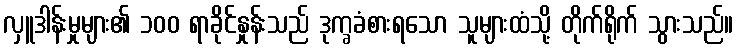
လှူဒါန်းမှုများ၏ ၁၀၀ ရာခိုင်နှုန်းသည် ဒုက္ခခံစားရသော သူများထံသို့ တိုက်ရိုက် သွားသည်။